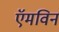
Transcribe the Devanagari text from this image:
ऍमविन